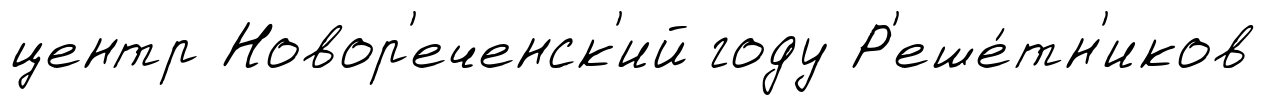
центр Новор'еченск'ий году Р'еше́тн'иков